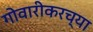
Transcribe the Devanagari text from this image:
गोवारीकरच्या